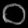
Digit: ၀